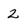
Character: 2